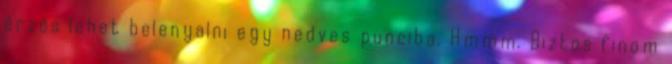
érzés lehet belenyalni egy nedves punciba. Hmmm. Biztos finom